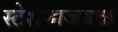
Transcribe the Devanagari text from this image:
स्टेशनाजवळ